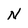
Character: N